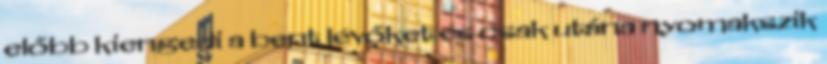
előbb kiengedi a bent lévőket és csak utána nyomakszik